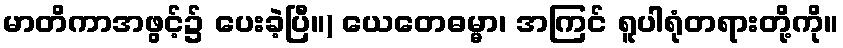
မာတိကာအဖွင့်၌ ပေးခဲ့ပြီ။) ယေတေဓမ္မာ၊ အကြင် ရူပါရုံတရားတို့ကို။